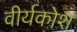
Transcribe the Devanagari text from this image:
वीर्यकोश